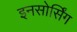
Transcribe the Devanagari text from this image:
इनसोर्सिंग